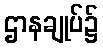
ဌာနချုပ်၌